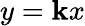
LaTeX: y=\mathbf{k}x